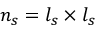
n _ { s } = l _ { s } \times l _ { s }